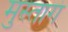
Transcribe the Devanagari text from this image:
मुस्तागं